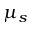
\mu _ { s }